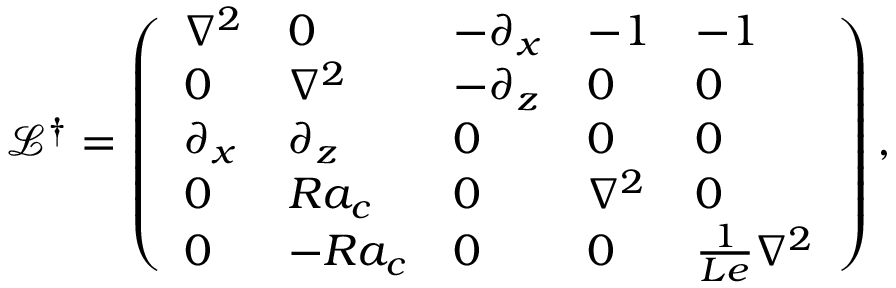
\mathcal { L } ^ { \dagger } = \left( \begin{array} { l l l l l } { \nabla ^ { 2 } } & { 0 } & { - \partial _ { x } } & { - 1 } & { - 1 } \\ { 0 } & { \nabla ^ { 2 } } & { - \partial _ { z } } & { 0 } & { 0 } \\ { \partial _ { x } } & { \partial _ { z } } & { 0 } & { 0 } & { 0 } \\ { 0 } & { R a _ { c } } & { 0 } & { \nabla ^ { 2 } } & { 0 } \\ { 0 } & { - R a _ { c } } & { 0 } & { 0 } & { \frac { 1 } { L e } \nabla ^ { 2 } } \end{array} \right) ,